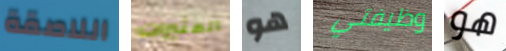
اللاصقة المثيرات هو وظيفتي هو